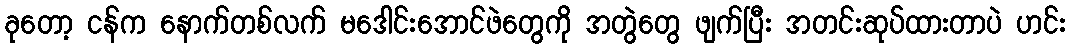
ခုတော့ ငန်က နောက်တစ်လက် မဒေါင်းအောင်ဖဲတွေကို အတွဲတွေ ဖျက်ပြီး အတင်းဆုပ်ထားတာပဲ ဟင်း